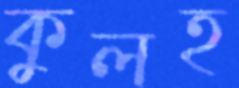
কুলহ